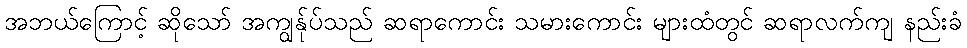
အဘယ်ကြောင့် ဆိုသော် အကျွန်ုပ်သည် ဆရာကောင်း သမားကောင်း များထံတွင် ဆရာလက်ကျ နည်းခံ